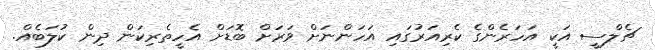
ޗެލްސީ އަކީ އަހަރެންގެ ކެރިއަރުގައި އަހަންނަށް ވަރަށް ބޮޑަށް އެހީތެރިކަން ދިން ކުލަބެއް.